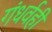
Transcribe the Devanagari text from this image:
गंधर्वही